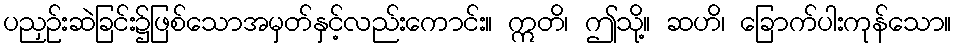
ပညှဉ်းဆဲခြင်း၌ဖြစ်သောအမှတ်နှင့်လည်းကောင်း။ ဣတိ၊ ဤသို့။ ဆဟိ၊ ခြောက်ပါးကုန်သော။